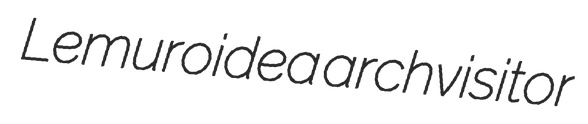
Lemuroidea archvisitor